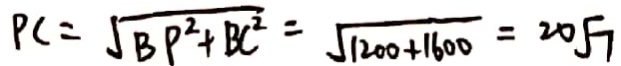
P C = \sqrt { B P ^ { 2 } + B C ^ { 2 } } = \sqrt { 1 2 0 0 + 1 6 0 0 } = 2 0 \sqrt { 7 }